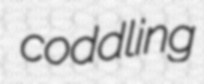
coddling